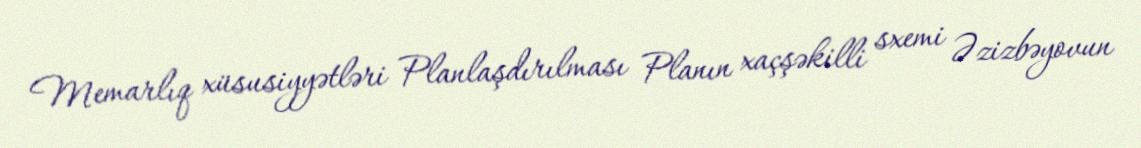
Memarlıq xüsusiyyətləri Planlaşdırılması Planın xaçşəkilli sxemi Əzizbəyovun